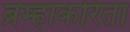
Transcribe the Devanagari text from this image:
ब्रम्हाकरिता